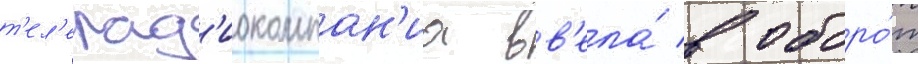
т'ел'ерад'иокомпан'иа вв'ела́ в оборо́т